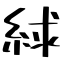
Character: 絿